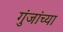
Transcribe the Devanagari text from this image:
गुंजांच्या